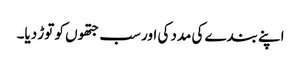
اپنے بندے کی مدد کی اور سب جتھوں کو توڑ دیا۔